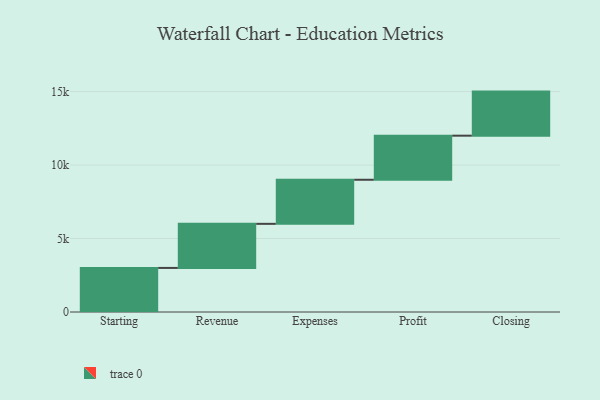
{"axis": {"x": "Step", "y": "Value"}, "legend": [""], "data": [{"x": "Starting", "y": 3000, "type": ""}, {"x": "Revenue", "y": 3000, "type": ""}, {"x": "Expenses", "y": 3000, "type": ""}, {"x": "Profit", "y": 3000, "type": ""}, {"x": "Closing", "y": 3000, "type": ""}]}